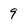
Character: 9